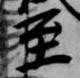
至